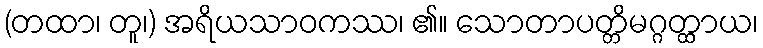
(တထာ၊ တူ၊) အရိယသာဝကဿ၊ ၏။ သောတာပတ္တိမဂ္ဂတ္ထာယ၊